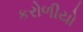
કરોળીયો